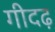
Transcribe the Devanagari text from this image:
गीदढ़